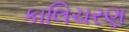
કાલિચરણ